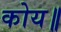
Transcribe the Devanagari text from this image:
कोय॥